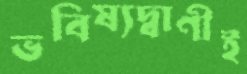
ভবিষ্যদ্বাণীই